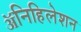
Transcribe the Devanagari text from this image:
ॲनिहिलेशन